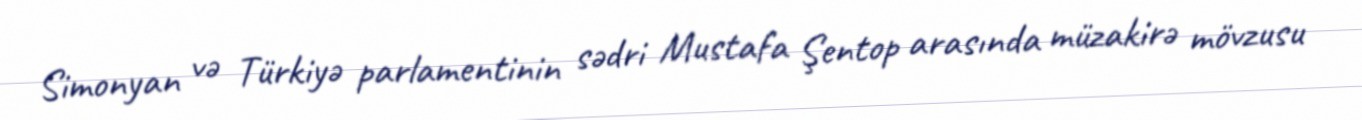
Simonyan və Türkiyə parlamentinin sədri Mustafa Şentop arasında müzakirə mövzusu